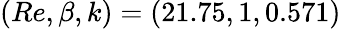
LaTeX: (Re,\beta,k)=(21.75,1,0.571)